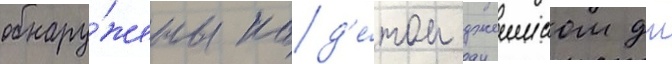
обнару́жены кад'е́том джеимсом дж